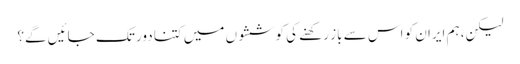
لیکن، ہم ایران کو اس سے باز رکھنے کی کوششوں میں کتنا دور تک جائیں گے؟